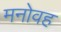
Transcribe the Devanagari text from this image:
मनोवह